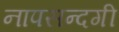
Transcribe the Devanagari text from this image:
नापसन्दगी